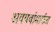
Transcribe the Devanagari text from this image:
अवयवांमार्फत